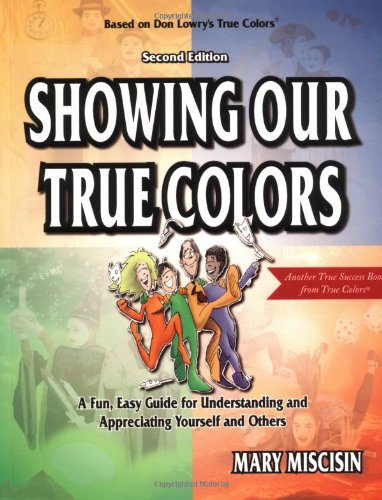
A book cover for Showing Our True Colors (True Success Book); Mary Miscisin; Parenting & Relationships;